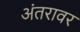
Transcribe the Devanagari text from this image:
अंतरावर